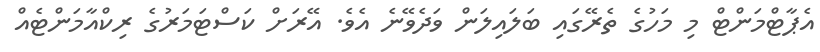
އެޕާޓްމަންޓް މި މަހުގެ ތެރޭގައި ބަލައިލަން ވަދެވޭނެ އެވެ. އޭރަށް ކަސްޓަމަރުގެ ރިކްއާމަންޓެއް